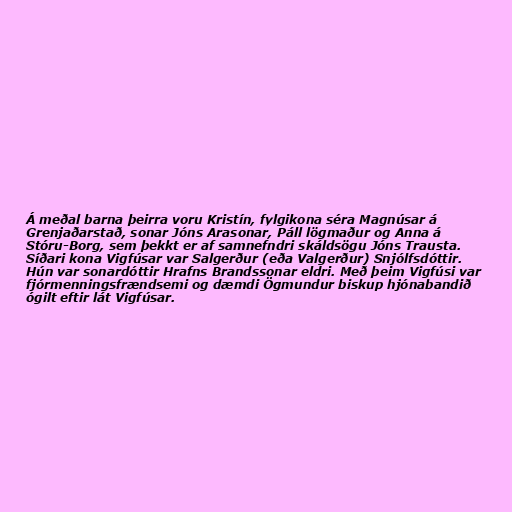
Á meðal barna þeirra voru Kristín, fylgikona séra Magnúsar á
Grenjaðarstað, sonar Jóns Arasonar, Páll lögmaður og Anna á
Stóru-Borg, sem þekkt er af samnefndri skáldsögu Jóns Trausta.
Síðari kona Vigfúsar var Salgerður (eða Valgerður) Snjólfsdóttir.
Hún var sonardóttir Hrafns Brandssonar eldri. Með þeim Vigfúsi var
fjórmenningsfrændsemi og dæmdi Ögmundur biskup hjónabandið
ógilt eftir lát Vigfúsar.